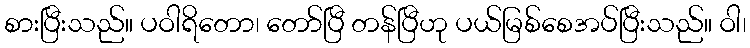
စားပြီးသည်။ ပဝါရိတော၊ တော်ပြီ တန်ပြီဟု ပယ်မြစ်စေအပ်ပြီးသည်။ ဝါ၊